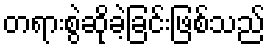
တရားစွဲဆိုခဲ့ခြင်းဖြစ်သည်